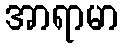
အာရာမာ